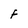
Character: F